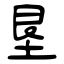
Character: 垦